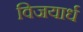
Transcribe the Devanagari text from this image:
विजयार्ध